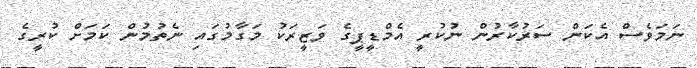
ނަމަވެސް އެކަން ސަރުކާރުން ނުކުރީ އެމްޑީޕީގެ ވަޒީރަކު މަގާމުގައި ނެތުމުން ކަމަށް ކުރީގެ